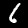
Label: 6